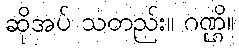
ဆိုအပ် သတည်း။ ဂဏ္ဌိ။